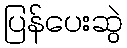
ပြန်ပေးဆွဲ